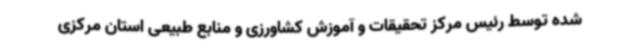
شده توسط رئیس مرکز تحقیقات و آموزش کشاورزی و منابع طبیعی استان مرکزی